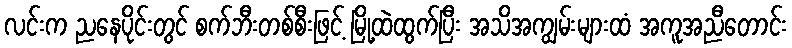
လင်းက ညနေပိုင်းတွင် စက်ဘီးတစ်စီးဖြင့် မြို့ထဲထွက်ပြီး အသိအကျွမ်းများထံ အကူအညီတောင်း